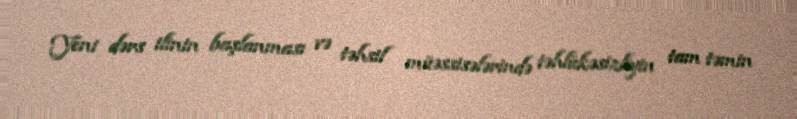
Yeni dərs ilinin başlanması və təhsil müəssisələrində təhlükəsizliyin tam təmin